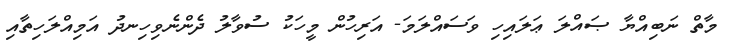
މާތް ނަބިއްޔާ ޞައްލަ ޢަލައިހި ވަސައްލަމަ- އަރިހުން މީހަކު ސުވާލު ދެންނެވިހިނދު އަމިއްލަހިތާއި